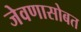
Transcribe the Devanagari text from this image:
जेवणासोबत